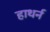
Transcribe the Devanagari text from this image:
हाथर्न